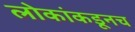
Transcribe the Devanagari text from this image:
लोकांकडूनच